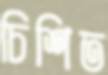
চিশিত